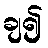
ချ၍